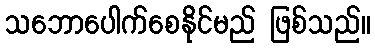
သဘောပေါက်စေနိုင်မည် ဖြစ်သည်။